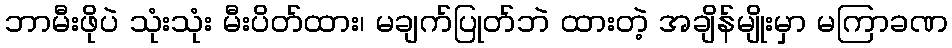
ဘာမီးဖိုပဲ သုံးသုံး မီးပိတ်ထား၊ မချက်ပြုတ်ဘဲ ထားတဲ့ အချိန်မျိုးမှာ မကြာခဏ